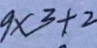
9 \times 3 + 2